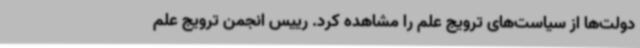
دولت‌ها از سیاست‌های ترویج علم را مشاهده کرد. رییس انجمن ترویج علم